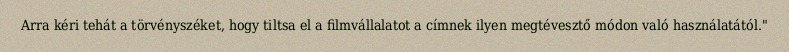
Arra kéri tehát a törvényszéket, hogy tiltsa el a filmvállalatot a címnek ilyen megtévesztő módon való használatától."